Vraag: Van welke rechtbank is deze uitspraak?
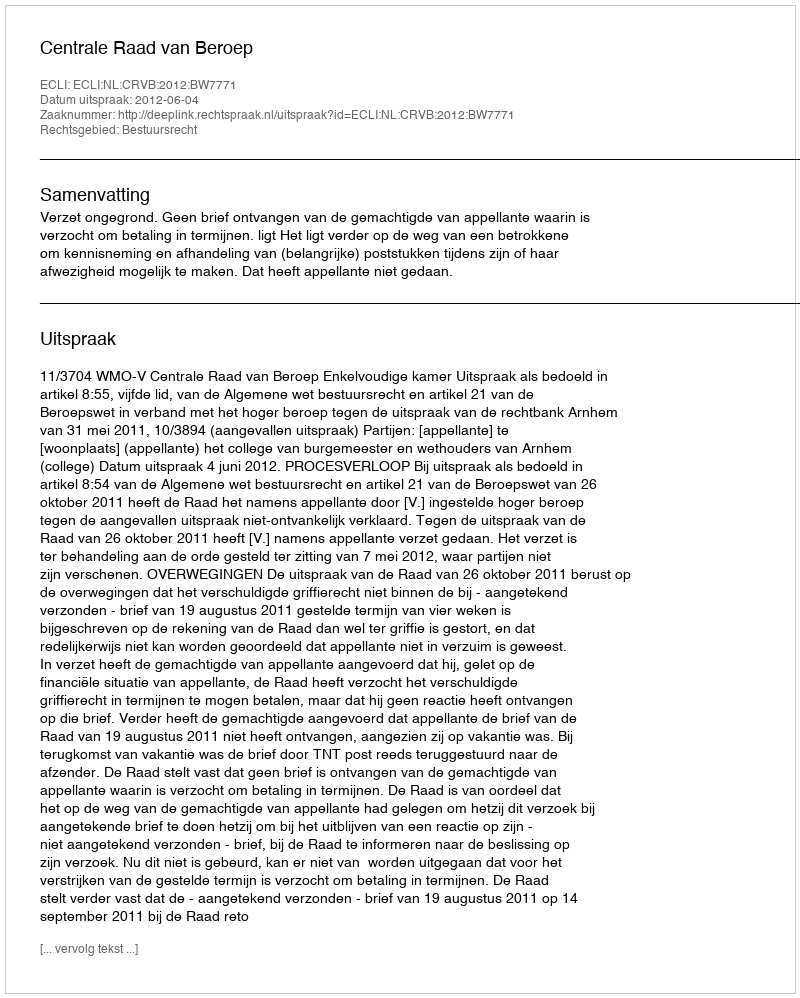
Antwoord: Centrale Raad van Beroep